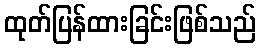
ထုတ်ပြန်ထားခြင်းဖြစ်သည်